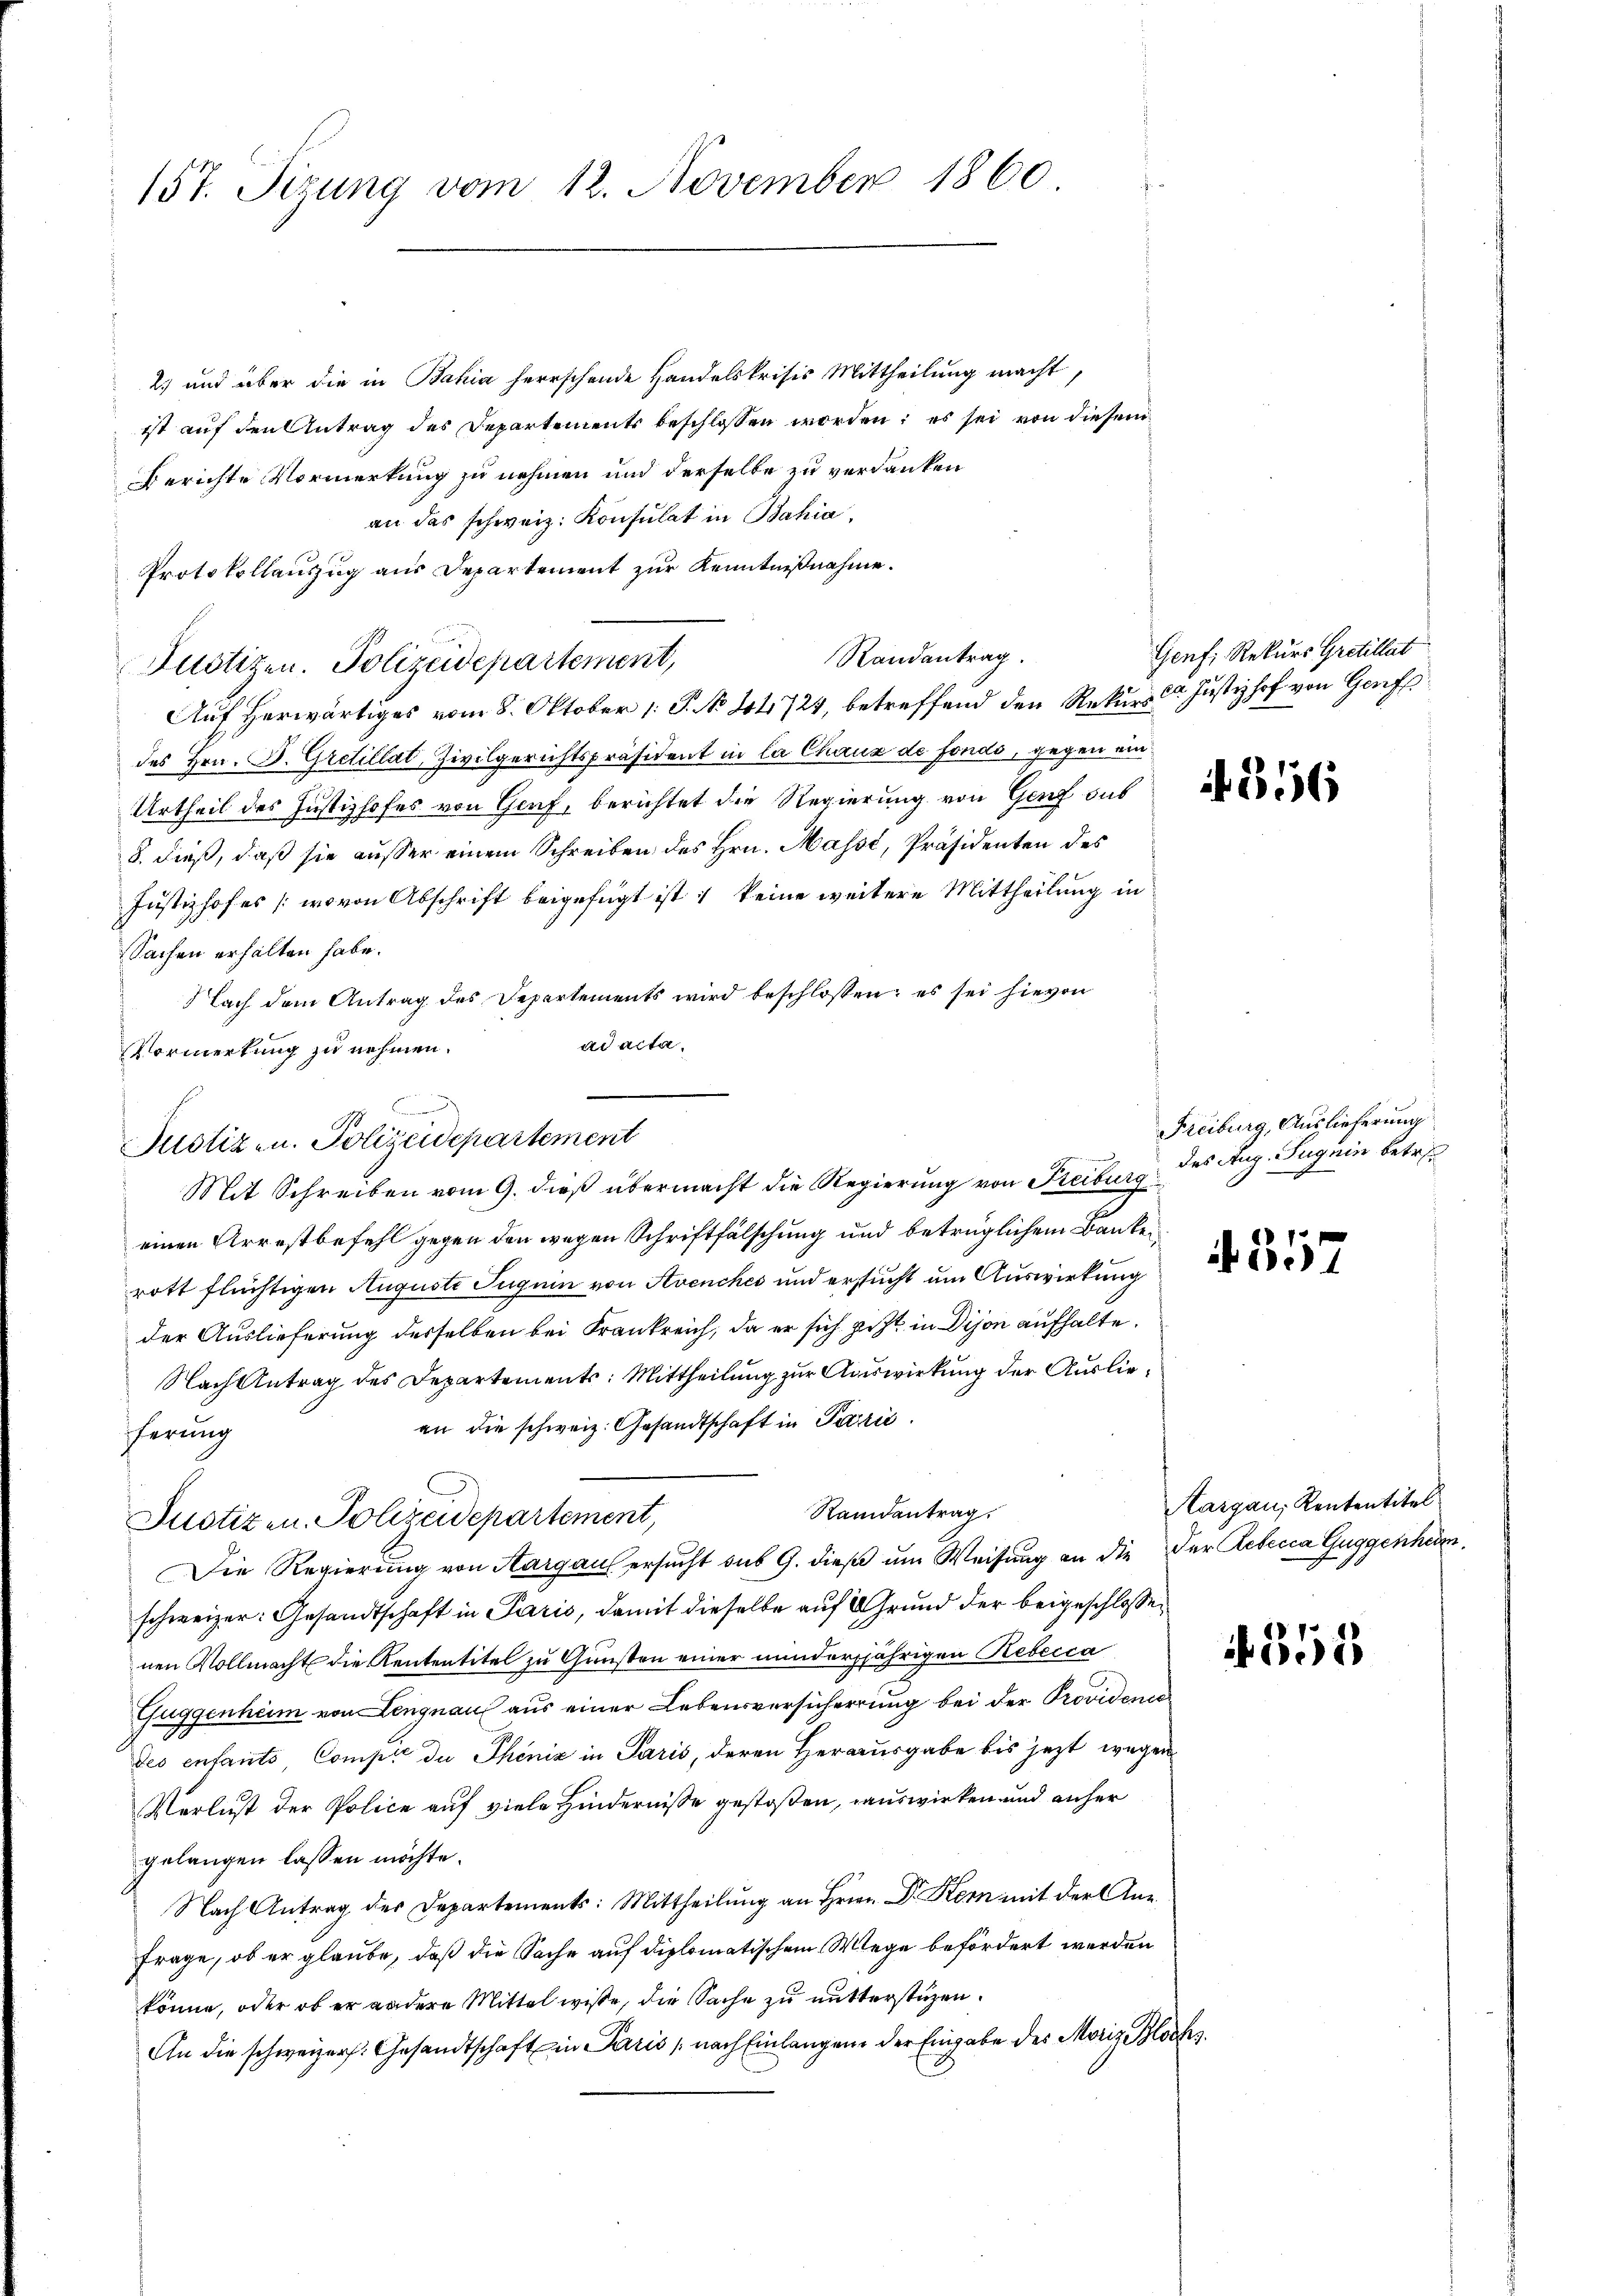
157. Sizung vom 12. November 1860

2) und über die in Bahia herrschende Handelskrisis Mittheilung macht,
ist auf den Antrag des Departements beschlossen worden; es sei von diesem
Berichte Vormerkung zu nehmen und derselbe zu verdanken
an das schweiz. Konsulat in Bahia,
Protokollauszug aus Departement zur Kenntnißnahme.
Randantrag.
Justizen. Polizeidepartement,
Auf herwärtiges vom 8. Oktober 1. P. No 14724, betreffend den Rekurs der Justizhof von Genf
des Hrn. B. Gretillat, Zivilgerichtspräsident in la Chaux de fondo, gegen ein¬
Urtheil des Justizhofes von Graf, berichtet die Regierung von Ganz aus
8. dieß, daß sie ausser einem Schreiben des Hrn. Masse, Präsidenten des
Justizhofes (wovon Abschrift beigefügt ist, keine weitere Mittheilung in
Sachen erhalten habe.
lach dem Antrag des Departements wird beschlossen; es sei hievon
ad acta.
Vormerkung zu nehmen.
einen Arrestbefehl gegen den wegen Schriftfälschung und betrüglichem Banken,
rott flüchtigen Auguste Juguin von Avenches und ersucht um Auswirkung
der Auslieferung desselben bei Frankreich, da er sich jetzt in Dison aufhalte.
Nach Antrag des Departements: Mittheilung zur Auswirkung der Ausliean die schweiz. Gesandtschaft in Parrić
ferung
Randantrag.
Justizen Polizeidepartement,
Die Regierung von Aargau ersucht sub 9. diese um Weisung an die der Rebecca Guggenheim.
schweizer: Gesandtschaft in Paris, damit dieselbe auf Grund der beigeschlossen
nen Vollmacht die Rententitel zu Gunsten einer minderjährigen Rebecca
Guggenheim von Lengnau aus einer Lebensversicherrung bei der Providence
des enfants, Compre du Phöniz in Paris, deren Herausgabe bis jezt wegen
Verlust der Police auf viele Hindernisse gestoßen, auswirken und anher
gelangen lassen möchte.
Nach Antrag des Departements: Mittheilŭng an Hrn. Dr. Kern mit der Ane
Frage, ob er glaube, daß die Sache auf diplomatischem Wege befördert werden
könne, oder ob er andere Mittel wisse, die Sache zu mutterstüzen.
An die schweizer. Gesandtschaft in Paris nach Einlangen der Eingabe des Moriz Blochs

17
Justiz- u. Polizeidepartement
Mit Schreiben vom 9. dieß übermacht die Regierung von Freiburg

Genf, Rekurs Gretillat

Freiburg, Auslieferung
des Aug. Suguin betr.

. 357

Aargau, Rententitel

358